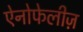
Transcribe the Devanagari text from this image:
ऐनोफेलीज़